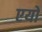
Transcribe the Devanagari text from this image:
एयो